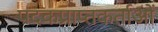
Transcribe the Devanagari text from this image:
पदकप्राप्तकर्ताओं